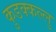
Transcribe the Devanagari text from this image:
कुडक्कल्लु